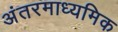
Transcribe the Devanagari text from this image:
अंतरमाध्यमिक